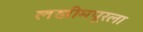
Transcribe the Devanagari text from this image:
लखीमपूरला